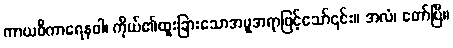
ကာယဝိကာရေနဝါ၊ ကိုယ်၏ထူးခြားသောအမူအရာဖြင့်သော်၎င်း။ အလံ၊ တော်ပြီ။